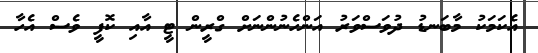
އެކަމަކު މާބަނޑު ދުވަސްވަރު އަންހެނުންނަށް ގްރީން ޓީ އާއި ކޮފީ ވެސް އެހާ